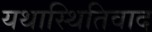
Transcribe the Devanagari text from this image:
यथास्थितिवाद